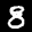
Label: 8